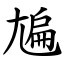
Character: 㞈